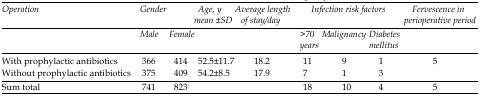
| <ROWSPAN=2> Operation | <COLSPAN=2> Gender | <ROWSPAN=2> Age, ymean ±SD | <ROWSPAN=2> Average length of stay/day | <COLSPAN=3> Infection risk factors | <ROWSPAN=2> Fervescence in perioperative period |
 | Male | Female | >70 years | Malignancy | Diabetes mellitus |
 | --- | --- | --- | --- | --- | --- | --- | --- | --- |
 | With prophylactic antibiotics | 366 | 414 | 52.5±11.7 | 18.2 | 11 | 9 | 1 | 5 |
 | Without prophylactic antibiotics | 375 | 409 | 54.2±8.5 | 17.9 | 7 | 1 | 3 |  |